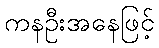
ကနဦးအနေဖြင့်